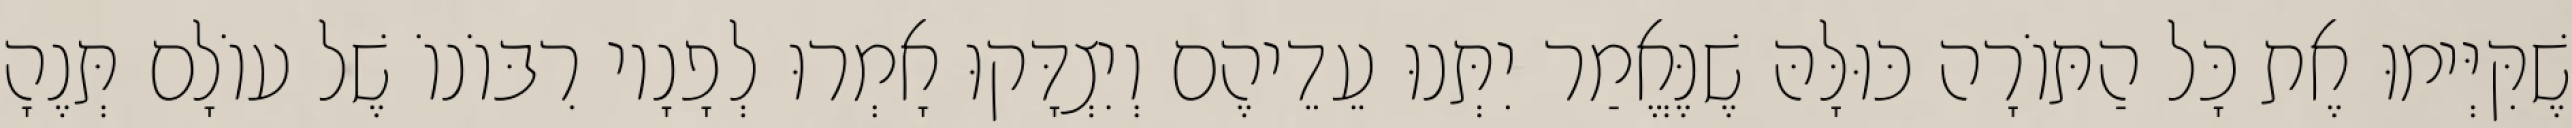
שֶׁקִּיְּימוּ אֶת כָּל הַתּוֹרָה כּוּלָּהּ שֶׁנֶּאֱמַר יִתְּנוּ עֵדֵיהֶם וְיִצְדָּקוּ אָמְרוּ לְפָנָיו רִבּוֹנוֹ שֶׁל עוֹלָם תְּנֶהָ